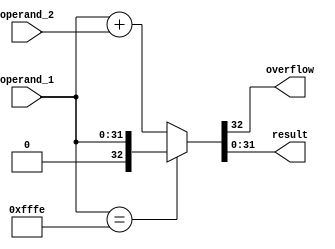
module adder_subtractor
#(
 parameter    DATA_LENGTH = 32,
 parameter    K_QFACTOR   = 16
)
(
 input  wire [DATA_LENGTH - 1 : 0] operand_1,
 input  wire [DATA_LENGTH - 1 : 0] operand_2,
 
 output wire                       overflow,
 output wire [DATA_LENGTH - 1 : 0] result
);
 
 assign {overflow,result} = (operand_1 == 16'hfffe) ? operand_1 : operand_1 + operand_2;

endmodule